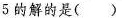
5的解的是()